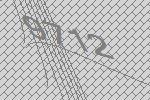
9712